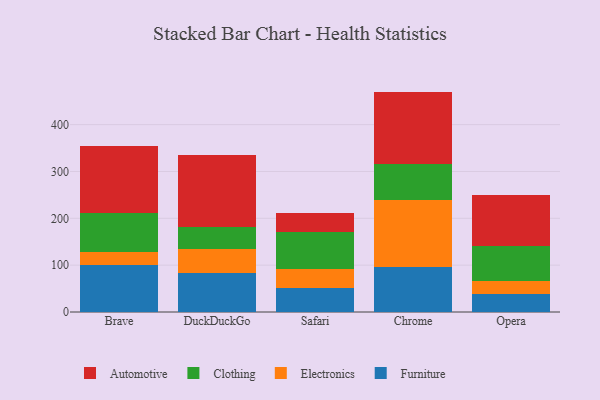
{"axis": {"x": "Browser", "y": "LTV (USD)"}, "legend": ["Automotive", "Clothing", "Electronics", "Furniture"], "data": [{"x": "Brave", "y": 100.7, "type": "Furniture"}, {"x": "Brave", "y": 27.9, "type": "Electronics"}, {"x": "Brave", "y": 82.8, "type": "Clothing"}, {"x": "Brave", "y": 143.1, "type": "Automotive"}, {"x": "DuckDuckGo", "y": 82.5, "type": "Furniture"}, {"x": "DuckDuckGo", "y": 52.4, "type": "Electronics"}, {"x": "DuckDuckGo", "y": 47.0, "type": "Clothing"}, {"x": "DuckDuckGo", "y": 154.3, "type": "Automotive"}, {"x": "Safari", "y": 51.0, "type": "Furniture"}, {"x": "Safari", "y": 41.2, "type": "Electronics"}, {"x": "Safari", "y": 78.4, "type": "Clothing"}, {"x": "Safari", "y": 39.9, "type": "Automotive"}, {"x": "Chrome", "y": 95.4, "type": "Furniture"}, {"x": "Chrome", "y": 144.7, "type": "Electronics"}, {"x": "Chrome", "y": 75.7, "type": "Clothing"}, {"x": "Chrome", "y": 154.7, "type": "Automotive"}, {"x": "Opera", "y": 38.1, "type": "Furniture"}, {"x": "Opera", "y": 27.4, "type": "Electronics"}, {"x": "Opera", "y": 75.4, "type": "Clothing"}, {"x": "Opera", "y": 109.7, "type": "Automotive"}]}